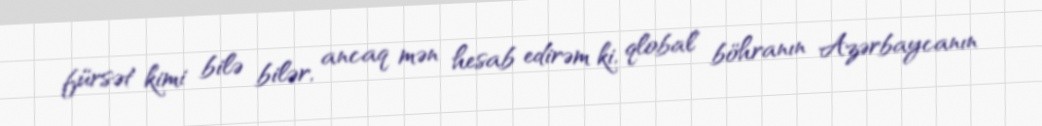
fürsət kimi bilə bilər, ancaq mən hesab edirəm ki, qlobal böhranın Azərbaycanın